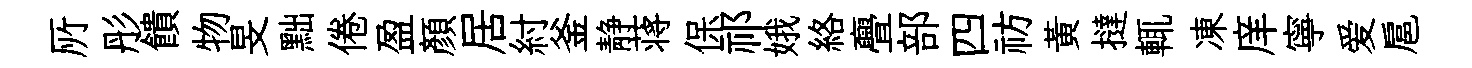
𠩄彤饋物旻黜倦盈顔居紂釜静蒋保祁娥絡亹部四祊黃撻輒凍庠寧爱扈